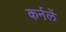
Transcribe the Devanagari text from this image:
कर्नलें